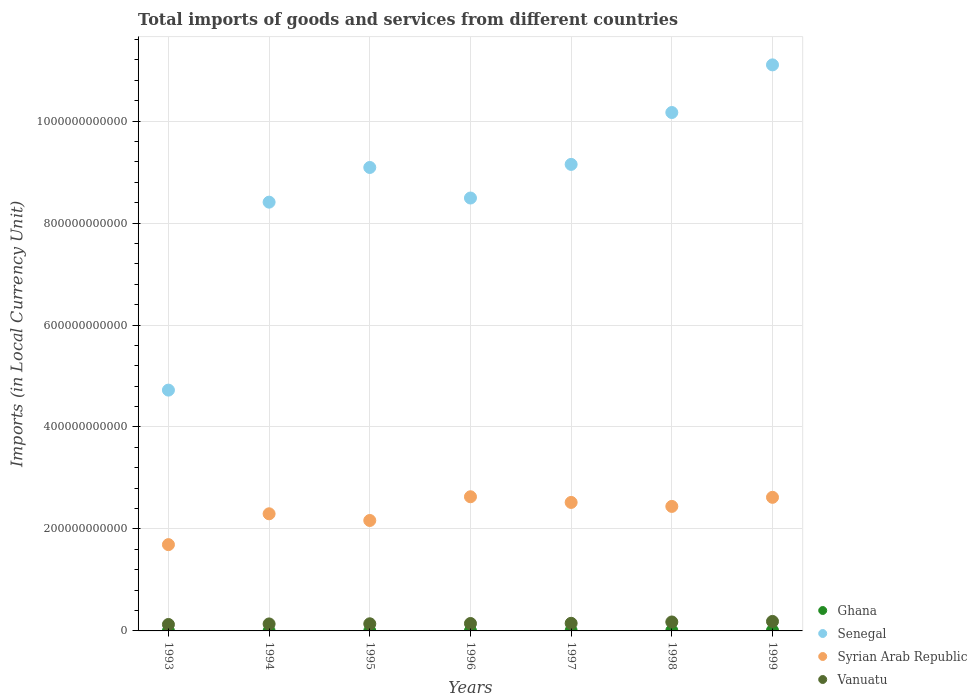
| Years | Ghana | Senegal | Syrian Arab Republic | Vanuatu |
 | --- | --- | --- | --- | --- |
 | 1993 | 1.41e+08 | 4.72e+11 | 1.69e+11 | 1.26e+10 |
 | 1994 | 1.91e+08 | 8.41e+11 | 2.3e+11 | 1.37e+10 |
 | 1995 | 2.55e+08 | 9.09e+11 | 2.17e+11 | 1.4e+10 |
 | 1996 | 4.55e+08 | 8.49e+11 | 2.63e+11 | 1.46e+10 |
 | 1997 | 7.48e+08 | 9.15e+11 | 2.52e+11 | 1.49e+10 |
 | 1998 | 8.08e+08 | 1.02e+12 | 2.44e+11 | 1.75e+10 |
 | 1999 | 1.02e+09 | 1.11e+12 | 2.62e+11 | 1.86e+10 |